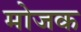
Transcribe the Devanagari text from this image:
मोजक